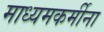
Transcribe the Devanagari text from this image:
माध्यमकर्मीना